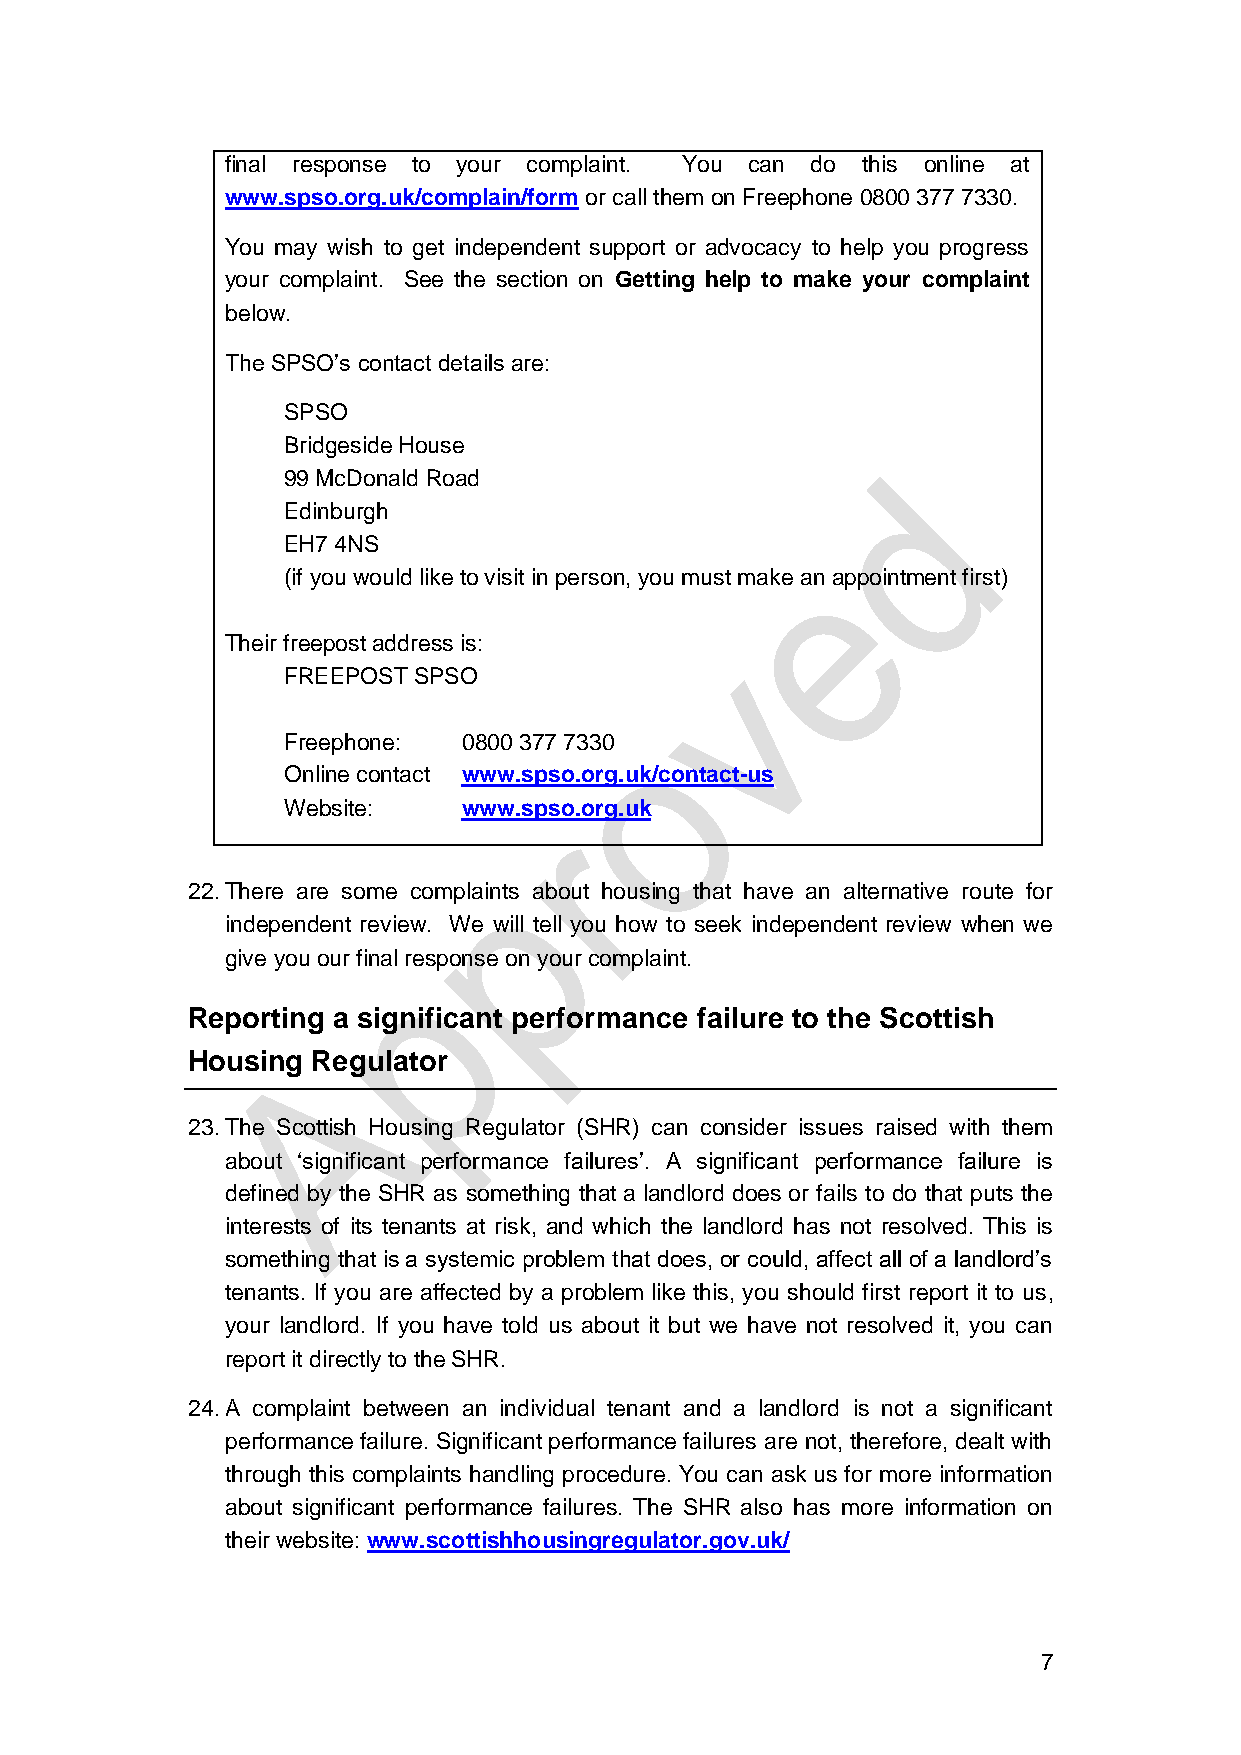
final response to your complaint. You can do this online at
 www.spso.org.uk/complain/form or call them on Freephone 0800 377 7330.
 You may wish to get independent support or advocacy to help you progress
 your complaint. See the section on Getting help to make your complaint
 below.
 The SPSO’s contact details are:
 SPSO
 Bridgeside House
 99 McDonald Road
 Edinburgh
 EH7 4NS
 (if you would like to visit in person, you must make an appointment first)
 Their freepost address is:
 FREEPOST SPSO
 Freephone:  0800 377 7330
 Online contact www.spso.org.uk/contact-us
 Website:    www.spso.org.uk
 22. There are some complaints about housing that have an alternative route for
 independent review. We will tell you how to seek independent review when we
 give you our final response on your complaint.
 Reporting a significant performance failure to the Scottish
 Housing  Regulator
 23. The Scottish Housing Regulator (SHR) can consider issues raised with them
 about ‘significant performance failures’. A significant performance failure is
 defined by the SHR as something that a landlord does or fails to do that puts the
 interests of its tenants at risk, and which the landlord has not resolved. This is
 something that is a systemic problem that does, or could, affect all of a landlord’s
 tenants. If you are affected by a problem like this, you should first report it to us,
 your landlord. If you have told us about it but we have not resolved it, you can
 report it directly to the SHR.
 24. A complaint between an individual tenant and a landlord is not a significant
 performance failure. Significant performance failures are not, therefore, dealt with
 through this complaints handling procedure. You can ask us for more information
 about significant performance failures. The SHR also has more information on
 their website: www.scottishhousingregulator.gov.uk/
 7